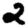
Digit: 2